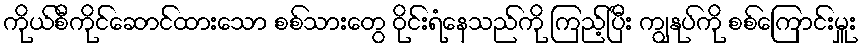
ကိုယ်စီကိုင်ဆောင်ထားသော စစ်သားတွေ ဝိုင်းရံနေသည်ကို ကြည့်ပြီး ကျွနုပ်ကို စစ်ကြောင်းမှူး